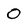
Character: 0